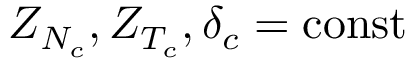
Z _ { N _ { c } } , Z _ { T _ { c } } , \delta _ { c } = \mathrm { { c o n s t } }